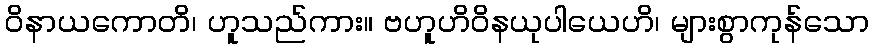
ဝိနာယကောတိ၊ ဟူသည်ကား။ ဗဟူဟိဝိနယုပါယေဟိ၊ များစွာကုန်သော